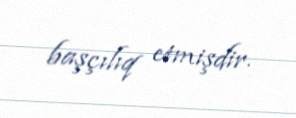
başçılıq etmişdir.